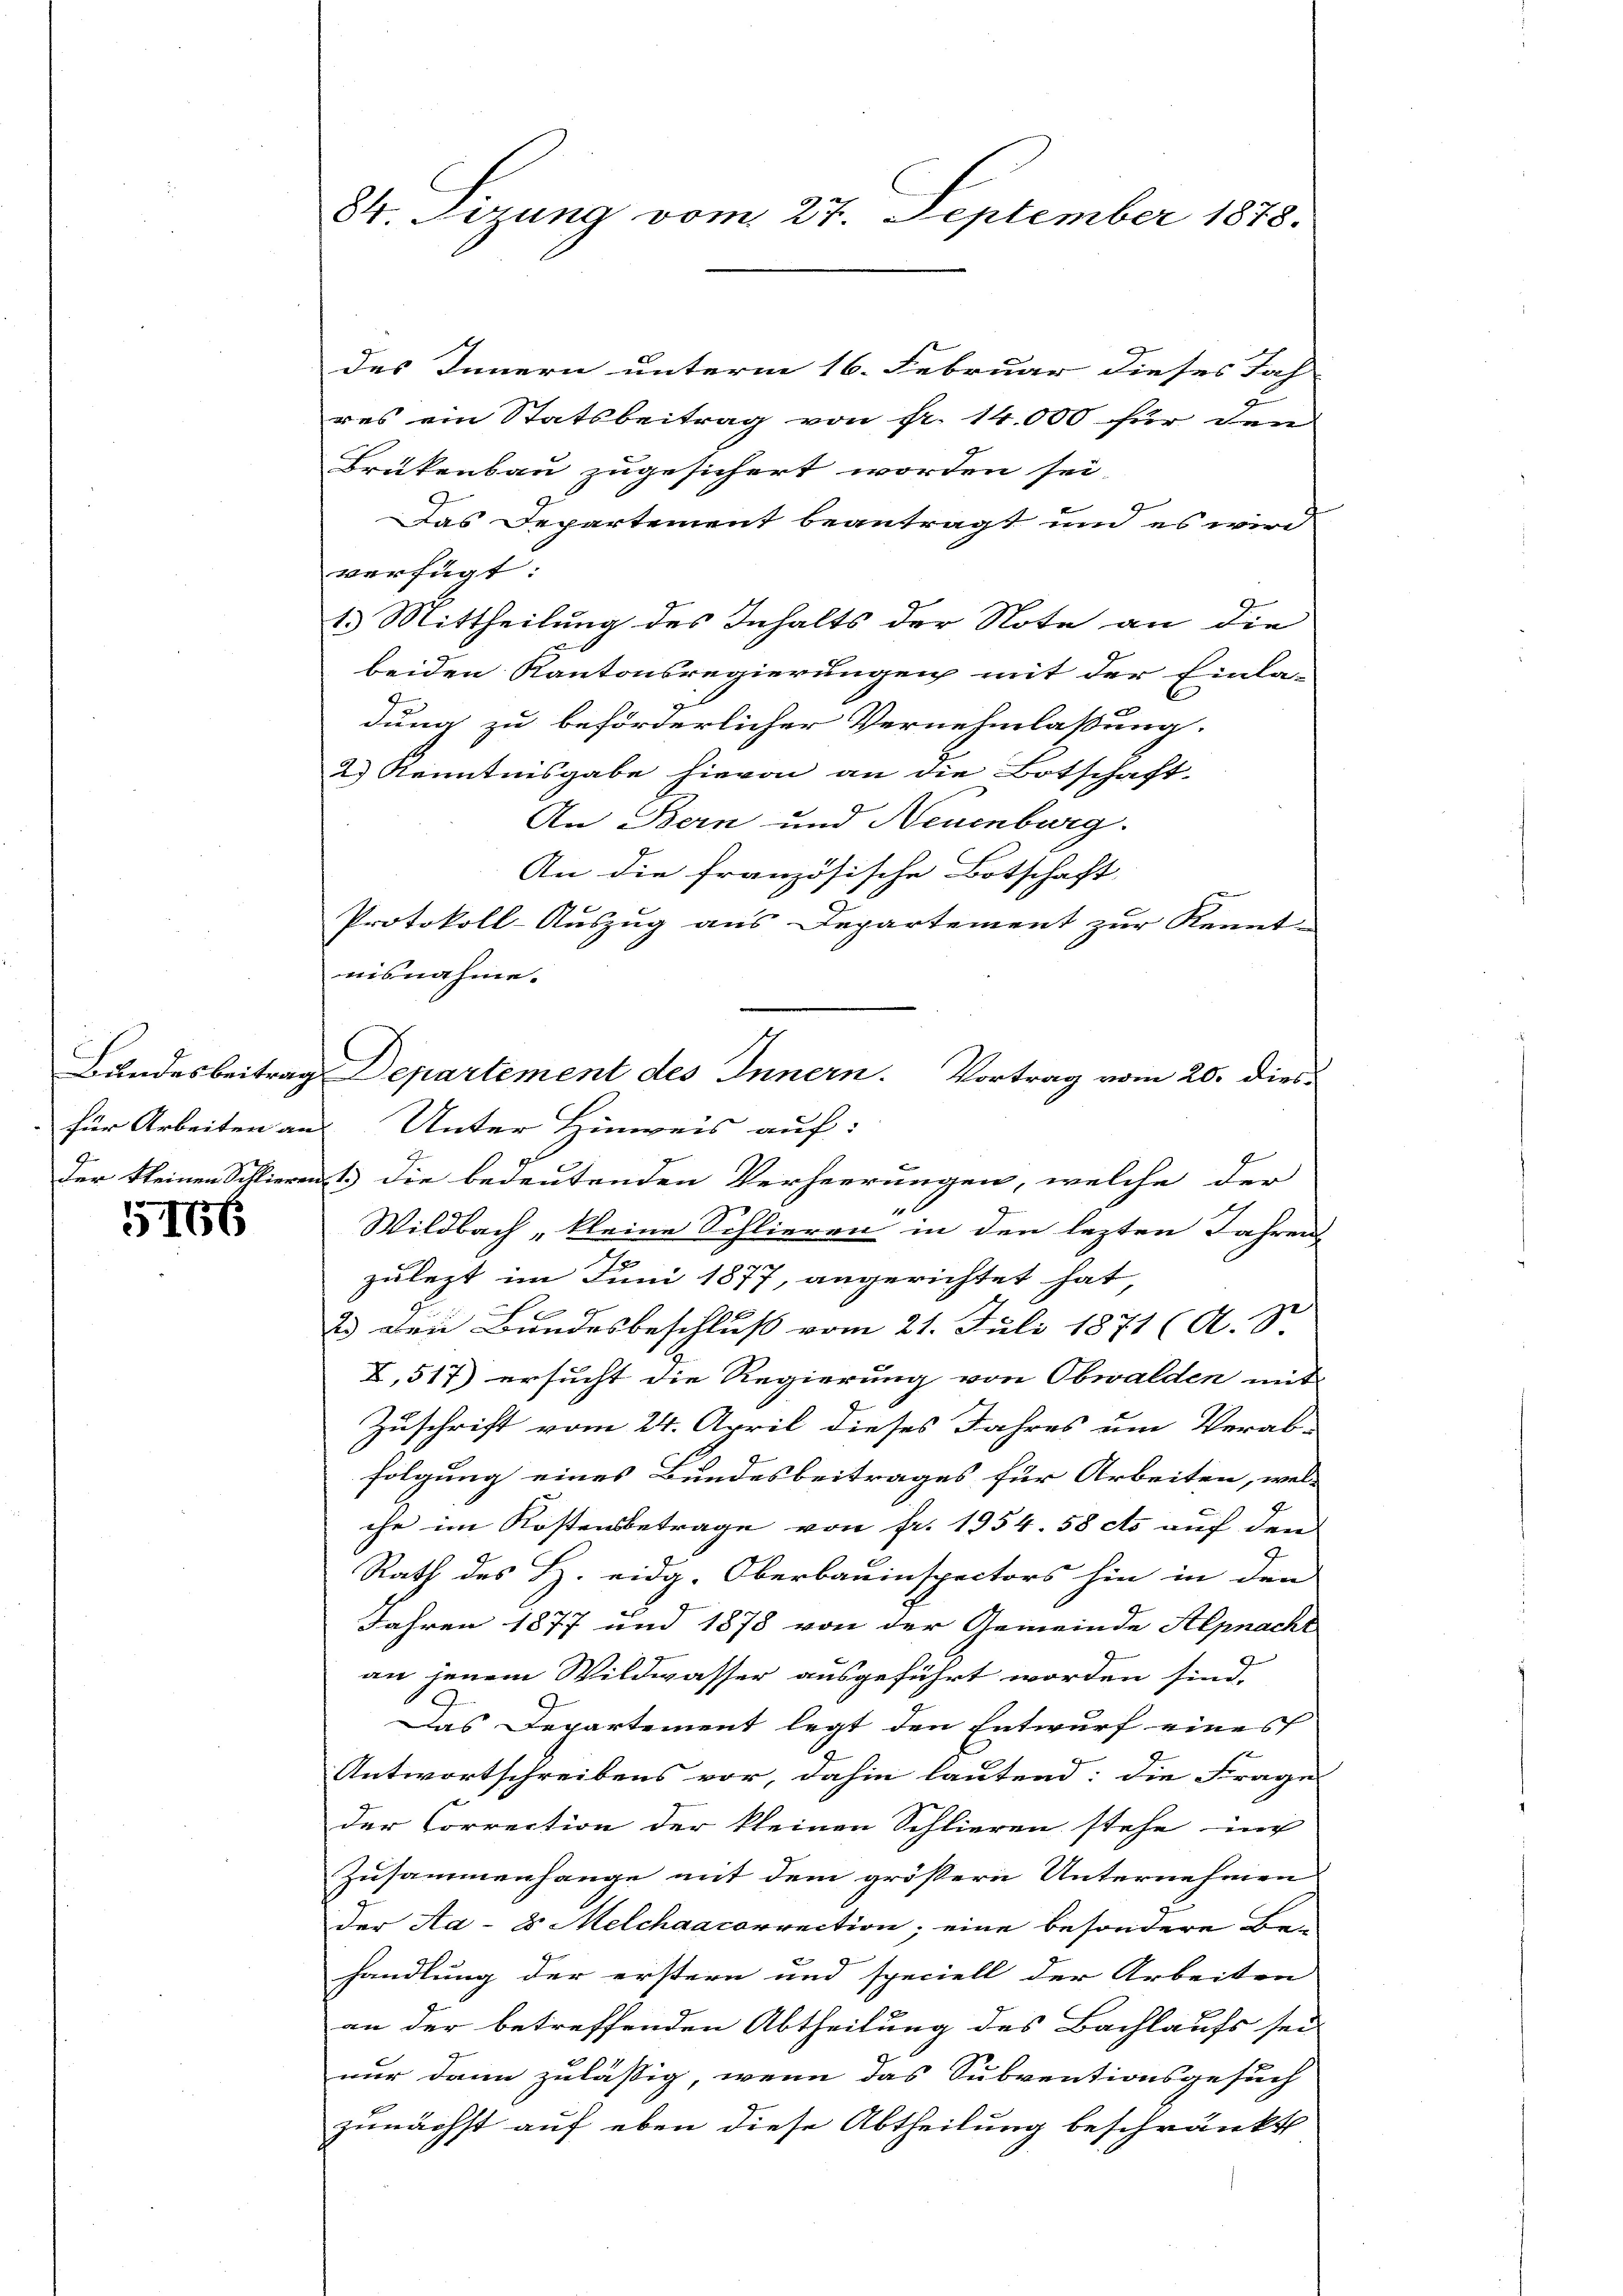
der kleinen Schlieren.1)

5166

des Innern unterm 16. Februar dieses Jah-
res ein Statsbeitrag von fr. 14000 für den
Brükenbau zugesichert worden sei.
Das Departement beantragt und es wird
verfügt:
1. Mittheilung des Inhalts der Note an die
beiden Kantonsregierungen mit der Einla-
dung zu beförderlicher Vernehmlassung.
a Kenntnisgabe hievon an die Botschaft.
An Bern und Neuenburg.
An die französische Botschaft,
6
A
Protokoll-Aŭszŭg ans Departement zŭr Kennt-
isnahme.
für Arbeiten an Unter Hinweis auf:
die bedeutenden Verheerungen, welche der
Wildbach kleine Schlieren in den lezten Jahren-
zulezt im Juni 1877, angerichtet hat,
2.) Den Bundesbeschluß vom 21. Juli 1871 (A. S.
X,517) ersucht die Regierung von Obwalden mit
Zuschrift vom 24. April dieses Jahres um Verab-
folgung eines Bundesbeitrages für Arbeiten, wel-
che im Kostensbetrage von fr. 1954. 58 cts auf den
Rath des H. eidg. Oberbauinspectors hin in den
Jahren 1877 und 1878 von der Gemeinde Alpnacht
an jenem Wildwasser ausgeführt worden sind.
Das Departement legt den Entwurf eines
Antwortschreibens vor, dahin lautend: die Frages
der Correction der kleinen Schlieren stehe in
Zusammenhange mit dem größern Unternehmen
der Aa-8 Melchaacorrection, eine besondere Behandlung der erstern und speciell der Arbeiten
an der betreffenden Abtheilung des Bachlaufs sei
nur dann zulässig, wenn das Subventionsgesuch
zunächst auf eben diese Abtheilung beschränkt

84. Sizung vom 27. September 1878.

Bandesbeitrag Departement des Innern. Vortrag vom 20. dies